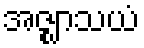
အဇ္ဈာသယံ